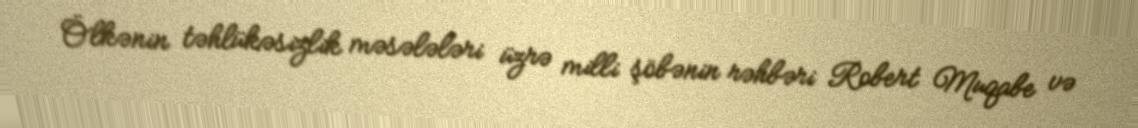
Ölkənin təhlükəsizlik məsələləri üzrə milli şöbənin rəhbəri Robert Muqabe və